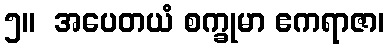
၅။  အပေတယံ စက္ခုမာ ဧကရာဇာ၊